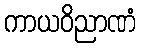
ကာယဝိညာဏံ